Report of the Municipal Commissioner on the plague in Bombay for the year ending 31st May... - Volume 3
Disease focus: Plague
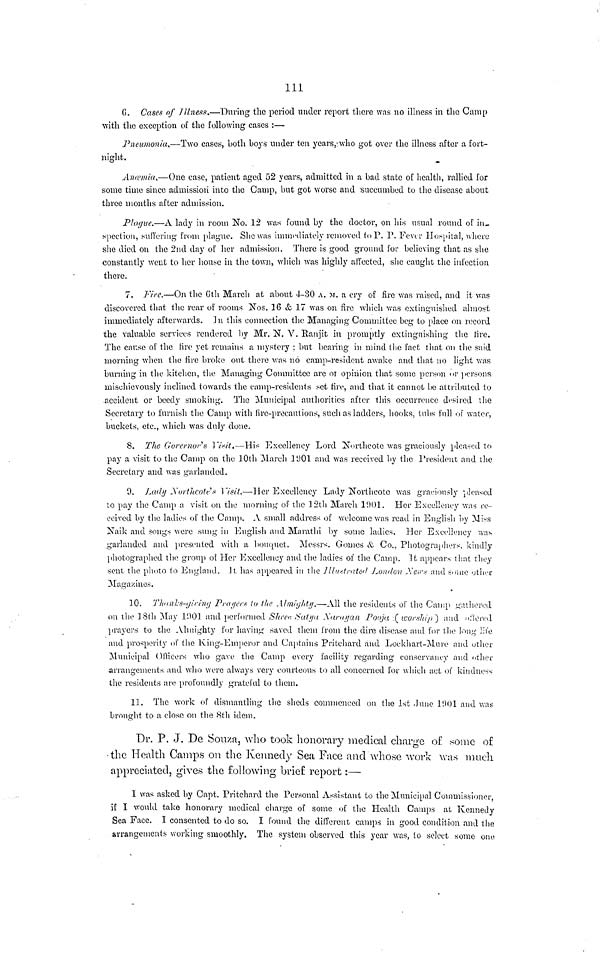
111
0. Cases of Illness.—During the period under report there was no illness in the Camp
with the exception of the following cases :—
Pneumonia,—Two cases, both boys under ten years, who got over the illness after a fort-
night.
Anaemia.—One case, patient aged 52 years, admitted in a bad state of health, rallied for
some time since admission into the Camp, but got worse and succumbed to the disease about
three months after admission.
Plague.—A lady in room No. 12 was found by the doctor, on his usual round of in_
spection, suffering from plague. She was immediately removed to P. P. Fever Hospital, where
she died on the 2nd day of her admission. There is good ground for believing that as she
constantly went to her house in the town, which was highly affected, she caught the infection
there.
7. Fire.—On the 6th March at about 4-30 A. M. a cry of fire was raised, and it was
discovered that the rear of rooms Nos. 16 & 17 was on fire which was extinguished almost
immediately afterwards. In this connection the Managing Committee beg to place on record
the valuable services rendered by Mr. N. V. Ranjit in promptly extinguishing the fire.
The cause of the fire yet remains a mystery ; but bearing in mind the fact that on the said
morning when the fire broke out there was no camp-resident awake and that no light was
burning in the kitchen, the Managing Committee are or opinion that some person or persons
mischievously inclined towards the camp-residents set fire, and that it cannot be attributed to
accident or beedy smoking. The Municipal authorities after this occurrence desired the
Secretary to furnish the Camp with five-precautions, such as ladders, hooks, tubs full of water,
buckets, etc., which was duly done.
8. The Governor's Visit.—His Excellency Lord Northcote was graciously pleased to
pay a visit to the Camp on the 30th March 1901 and was received by the President and the
Secretary and was garlanded.
9. Lady Northcote's Visit.—Her Excellency Lady Northcote was graciously pleased
to pay the Camp a visit on the morning of the 12th March 1901. Her Excellency was re-
ceived by the ladies of the Camp. A small address of welcome was read in English by Miss
Naik and songs were sung in English and Marathi by some ladies. Her Excellency was
garlanded and presented with a bouquet. Messrs. Gomes & Co., Photographers, kindly
photographed the group of Her Excellency and the ladies of the Camp. It appears that they
sent the photo to England. It has appeared in the Illustrated London News and some other
Magazines.
10. Thanks-girirng Prayers to the Almighty.—All the residents of the Camp gathered
on the 18th May 1901 and performed Shree Satya Narayan Pooja ( worship) and offered
prayers to the Almighty for having saved them from the dire disease and for the long life
and prosperity of the King-Emperor and Captains Pritchard and Lockhart-Mure and other
Municipal Officers who gave the Camp every facility regarding conservancy and other
arrangements and who were always very courteous to all concerned for which act of kindness
the residents are profoundly grateful to them.
11. The work of dismantling the sheds commenced on the 1st June 1901 and was
brought to a close on the 8th idem.
Dr. P. J. De Souza, who took honorary medical charge of some of
the Health Camps on the Kennedy Sea Face and whose work was much
appreciated, gives the following brief report :—
I was asked by Capt. Pritchard the Personal Assistant to the Municipal Commissioner,
if I would take honorary medical charge of some of the Health Camps at Kennedy
Sea Face. I consented to do so. I found the different camps in good condition and the
arrangements working smoothly. The system observed this year was, to select some one